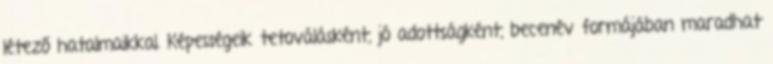
létező hatalmaikkal. Képességeik tetoválásként, jó adottságként, becenév formájában maradhat